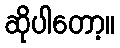
ဆိုပါတော့။